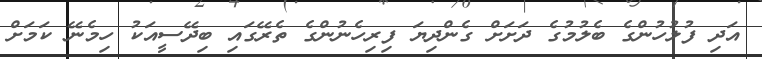
އަދި ފުލުހުންގެ ބެލުމުގެ ދަށަށް ގެންދިޔަ ފިރިހެނުންގެ ތެރޭގައި ބިދޭސީއަކު ހިމެނޭ ކަމަށް